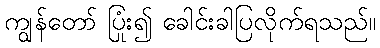
ကျွန်တော် ပြုံး၍ ခေါင်းခါပြလိုက်ရသည်။